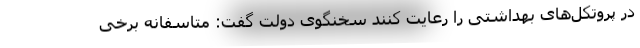
در پروتکل‌های بهداشتی را رعایت کنند سخنگوی دولت گفت: متاسفانه برخی